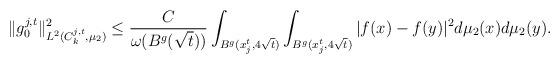
LaTeX: \begin{align*}\|g_0^{j,t}\|^2_{L^2(C^{j,t}_k, \mu_2) } \leq \frac{C}{\omega(B^g(\sqrt{t}))} \int_{B^g(x^t_j, 4\sqrt{t})} \int_{B^g(x^t_j, 4\sqrt{t})} |f(x)-f(y) |^2 d\mu_2(x)d\mu_2(y).\\\end{align*}